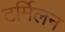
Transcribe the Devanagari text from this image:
टर्मिलन